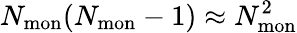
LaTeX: {N_{\mathrm{mon}}(N_{\mathrm{mon}}-1)\approx N_{\mathrm{mon}}^{2}}